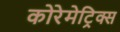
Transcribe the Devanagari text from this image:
कोरेमेट्रिक्स